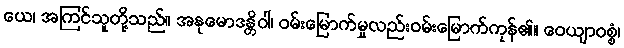
ယေ၊ အကြင်သူတို့သည်။ အနုမောဒန္တိဝါ၊ ဝမ်းမြောက်မှုလည်းဝမ်းမြောက်ကုန်၏။ ဝေယျာဝစ္စံ၊